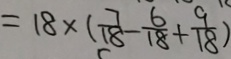
= 1 8 \times ( \frac { 7 } { 1 8 } - \frac { 6 } { 1 8 } + \frac { 9 } { 1 8 } )